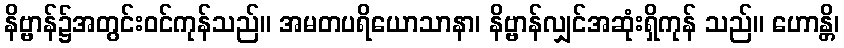
နိဗ္ဗာန်၌အတွင်းဝင်ကုန်သည်။ အမတပရိယောသာနာ၊ နိဗ္ဗာန်လျှင်အဆုံးရှိကုန် သည်။ ဟောန္တိ၊